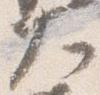
大